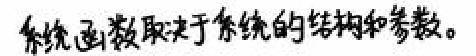
系统函数取决于系统的结构和参数。